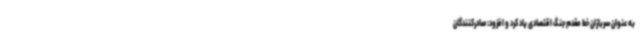
به عنوان سربازان خط مقدم جنگ اقتصادی یاد کرد و افزود: صادرکنندگان